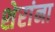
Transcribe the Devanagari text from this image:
शेरांना